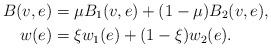
LaTeX: \begin{align*} B(v,e) & =\mu B_1(v,e)+(1-\mu) B_2(v,e),\\ w(e) & =\xi w_1(e) +(1-\xi)w_2(e).\end{align*}